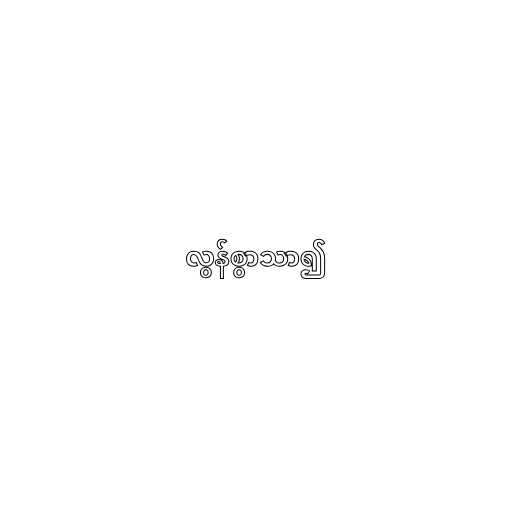
လွန်စွာသာ၍